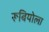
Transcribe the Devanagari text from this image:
रूबियोला